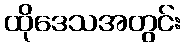
ထိုဒေသအတွင်း